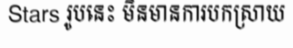
Stars រូបនេះ មិនមានការបកស្រាយ